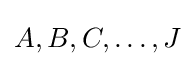
A,B,C,\ldots ,J